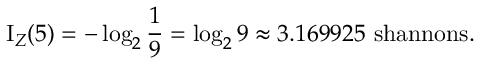
\operatorname { I } _ { Z } ( 5 ) = - \log _ { 2 } { \frac { 1 } { 9 } } = \log _ { 2 } { 9 } \approx 3 . 1 6 9 9 2 5 { \mathrm { ~ s h a n n o n s . } }